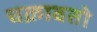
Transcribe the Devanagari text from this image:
चक्रावतो